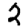
Digit: 2